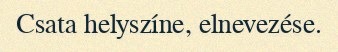
Csata helyszíne, elnevezése.